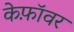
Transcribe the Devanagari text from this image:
केफ़ॉवर